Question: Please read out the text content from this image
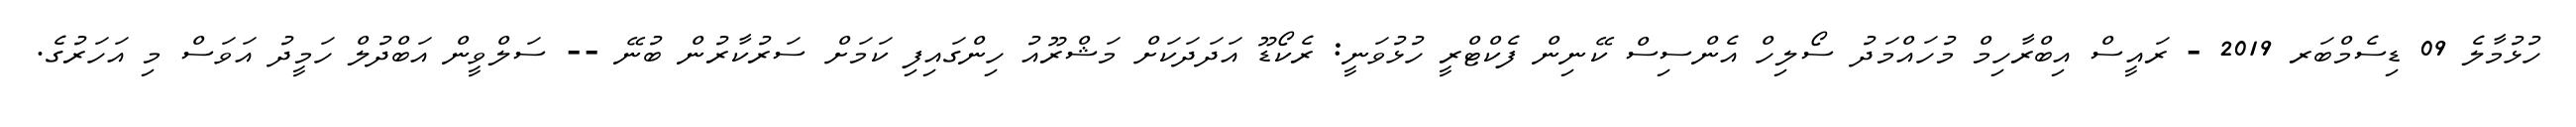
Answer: ހުޅުމާލެ 09 ޑިސެމްބަރ 2019 - ރައީސް އިބްރާހިމް މުހައްމަދު ސޯލިހް އެންސިސް ކޭނިން ފެކްޓްރީ ހުޅުވަނީ: ރެކޯޑޫ އަދަދަކަށް މަޝްރޫއު ހިންގައިފި ކަމަށް ސަރުކާރުން ބުނޭ -- ސަލްވީން އަބްދުލް ހަމީދު އަވަސް މި އަހަރުގެ.